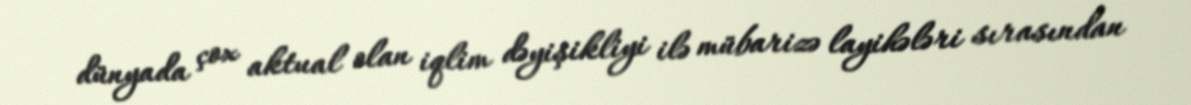
dünyada çox aktual olan iqlim dəyişikliyi ilə mübarizə layihələri sırasından